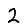
Digit: 2